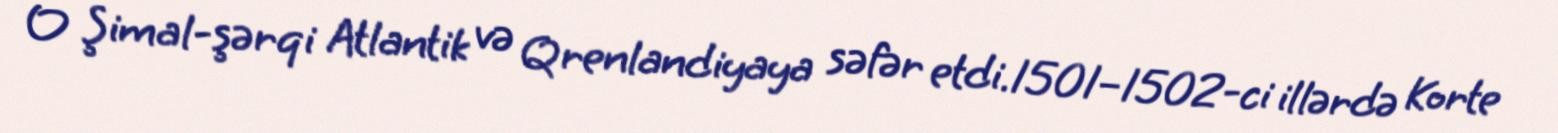
O Şimal-şərqi Atlantik və Qrenlandiyaya səfər etdi.1501–1502-ci illərdə Korte